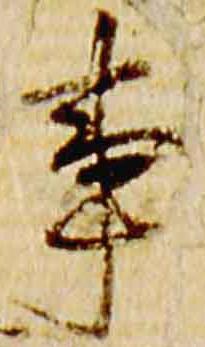
事